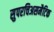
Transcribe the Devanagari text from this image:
सुपरचिअसमैटिक